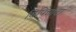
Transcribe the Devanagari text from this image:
बिपिन्नाटा